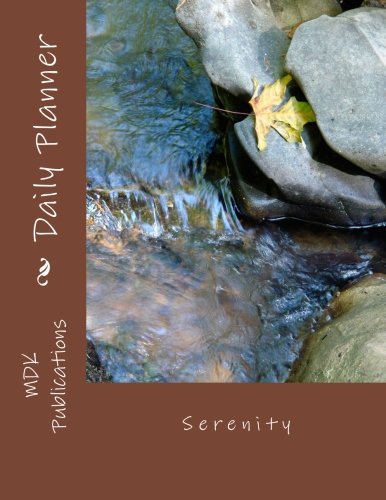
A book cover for Daily Planner: Serenity; Mdk Publications; Business & Money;